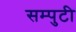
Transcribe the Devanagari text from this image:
सम्पुटी